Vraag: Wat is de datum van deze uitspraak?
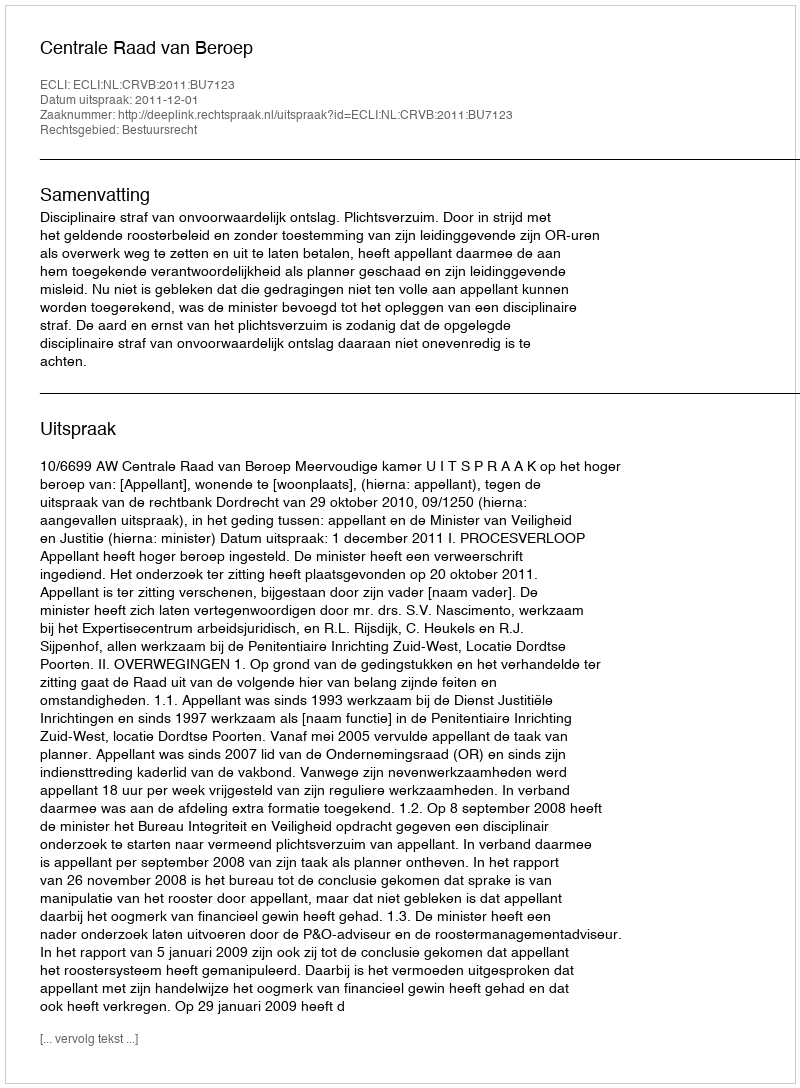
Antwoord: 2011-12-01